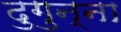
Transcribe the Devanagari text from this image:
दुगुन्ना